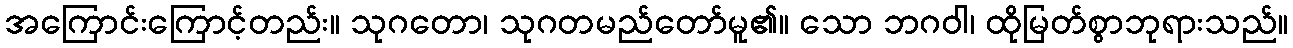
အကြောင်းကြောင့်တည်း။ သုဂတော၊ သုဂတမည်တော်မူ၏။ သော ဘဂဝါ၊ ထိုမြတ်စွာဘုရားသည်။